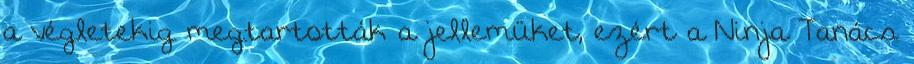
a végletekig megtartották a jellemüket, ezért a Ninja Tanács